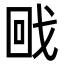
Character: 𭍡